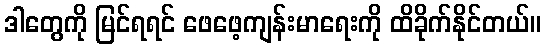
ဒါတွေကို မြင်ရရင် ဖေဖေ့ကျန်းမာရေးကို ထိခိုက်နိုင်တယ်။